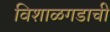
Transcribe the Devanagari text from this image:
विशाळगडाची